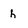
Character: h